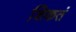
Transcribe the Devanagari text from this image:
शिकतं